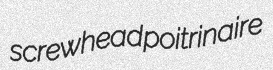
screwhead poitrinaire